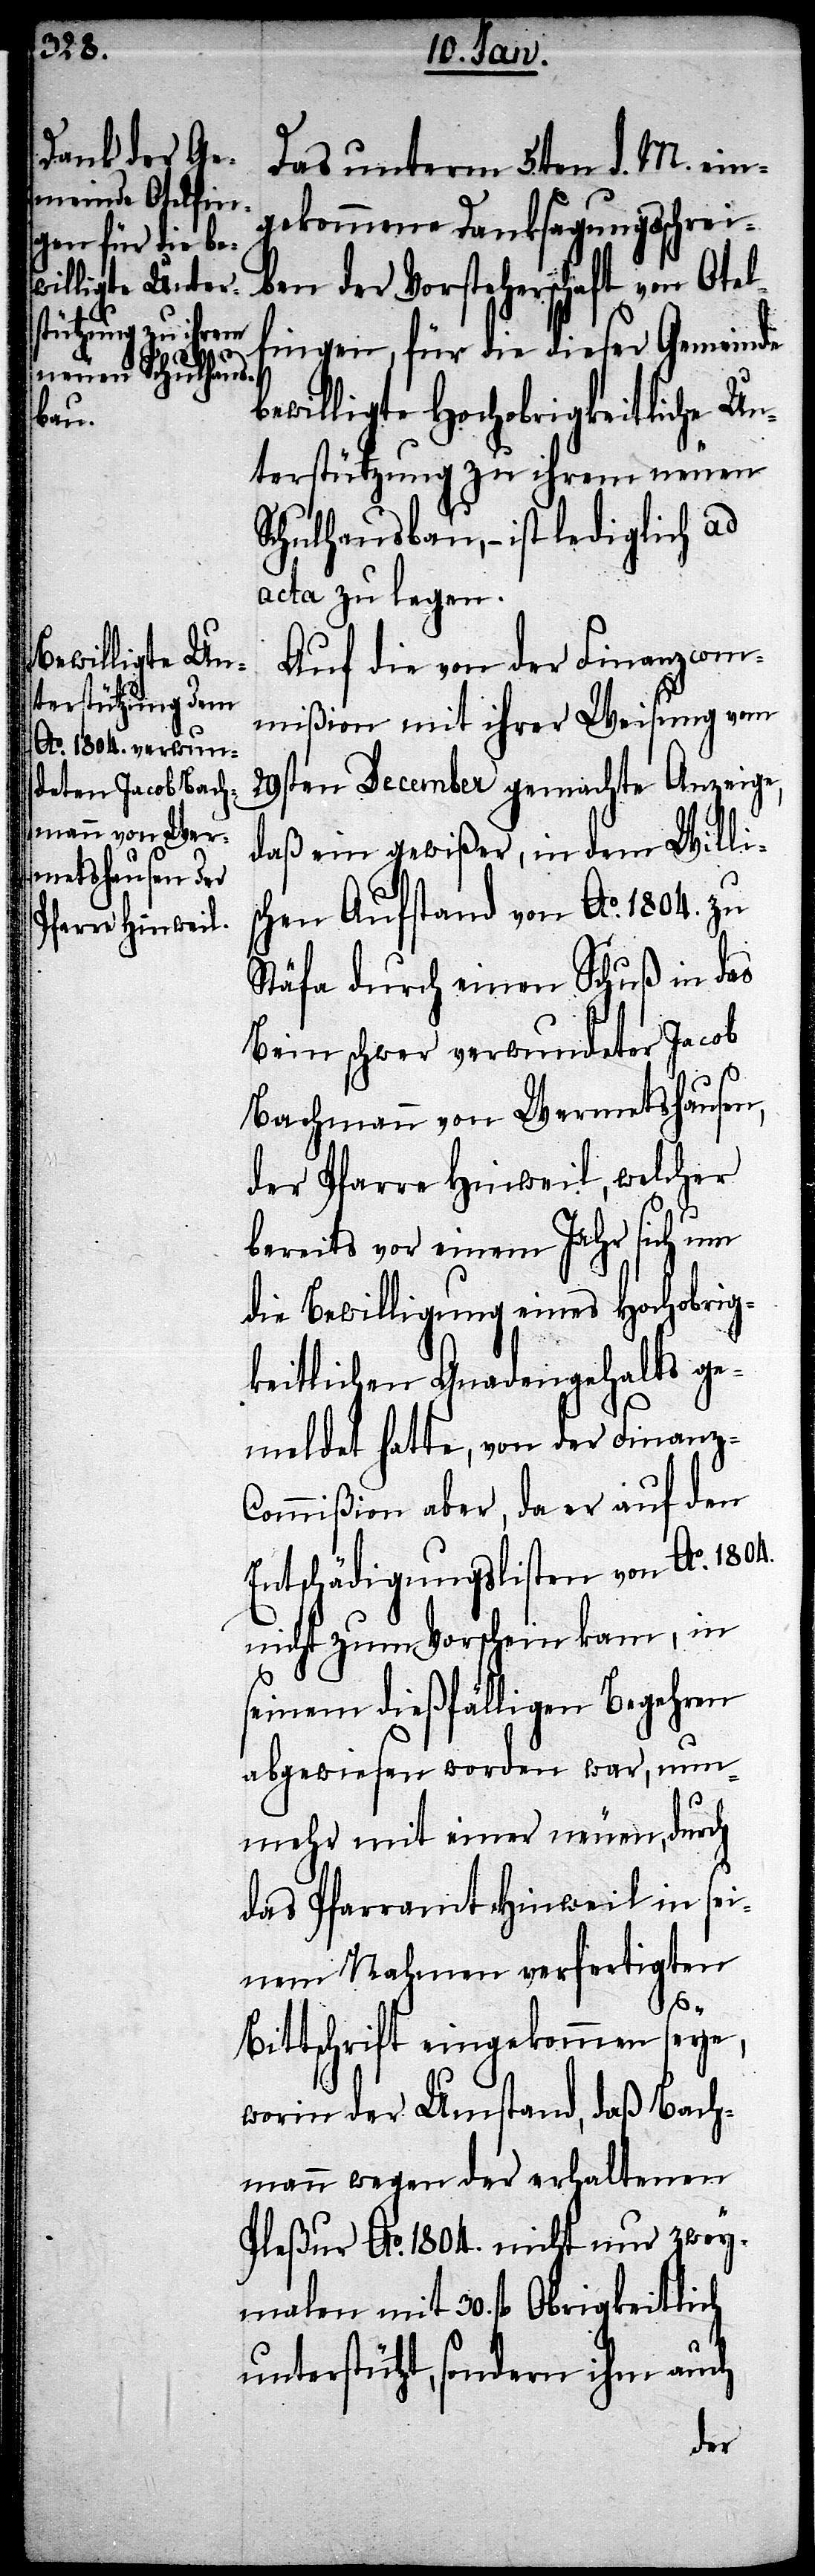
Das unterm 5ten d. M. ein¬
gekommene Danksagungsschrei¬
ben der Vorsteherschaft von Otel¬
fingen, für die dieser Gemeinde
bewilligte Hochobrigkeitliche Un¬
terstützung zu ihrem neuen
Schulhausbau, – ist lediglich ad
acta zu legen.
Auf die von der Finanzcom¬
mißion mit ihrer Weisung vom
29sten December gemachte Anzeige,
daß ein gewißer, in dem Willi¬
chen Aufstand von Ao. 1804. zu
Stäfa durch einen Schuß in das
Bein schwer verwundeter Jacob
Bachmann von Wermetshausen,
der Pfarre Hinweil, welcher
bereits vor einem Jahr sich um
die Bewilligung eines Hochobrig¬
keitlichen Gnadengehalts ge¬
meldet hatte, von der Finanz-C¬
ommißion aber, da er auf den
Entschädigungslisten von Ao. 1804.
nicht zum Vorschein kam, in
seinem dießfälligen Begehren
abgewiesen worden war, nun¬
mehr mit einer neuen, durch
das Pfarramt Hinweil in sei¬
nem Nahmen verfertigten
s¬
Bittschrift eingekommen seye,
worin der Umstand, daß Bach¬
mann wegen der erhaltenen
Pleßur Ao. 1804. nicht nur zwey¬
malen mit 30. fl. Obrigkeitlich
unterstützt, sondern ihm auch